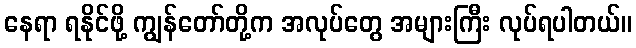
နေရာ ရနိုင်ဖို့ ကျွန်တော်တို့က အလုပ်တွေ အများကြီး လုပ်ရပါတယ်။